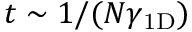
t \sim 1 / ( N \gamma _ { \mathrm { 1 D } } )